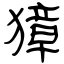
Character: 獐